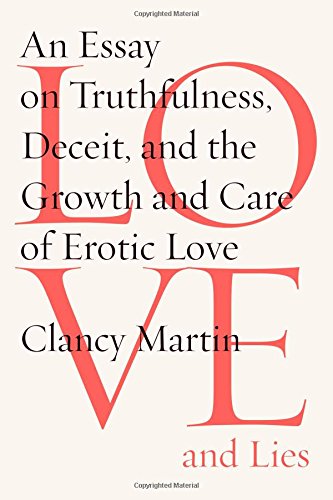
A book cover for Love and Lies: An Essay on Truthfulness, Deceit, and the Growth and Care of Erotic Love; Clancy Martin; Politics & Social Sciences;